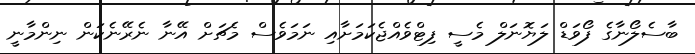
ބާސެލޯނާގެ ފޯވަޑް ލަޔޮނަލް މެސީ ފިޓްވެއްޖެކަމަށާއި ނަމަވެސް މެޗަށް އޭނާ ނެރޭނެކަން ނިންމާނީ